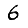
Digit: 6